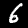
Digit: 6